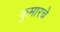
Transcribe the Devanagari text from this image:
कुमारचे